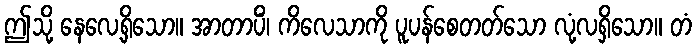
ဤသို့ နေလေ့ရှိသော။ အာတာပိံ၊ ကိလေသာကို ပူပန်စေတတ်သော လုံ့လရှိသော။ တံ